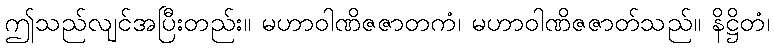
ဤသည်လျင်အပြီးတည်း။ မဟာဝါဏိဇဇာတကံ၊ မဟာဝါဏိဇဇာတ်သည်။ နိဋ္ဌိတံ၊